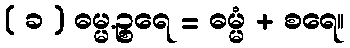
( ခ ) ဓမ္မ.ဉ္စရေ = ဓမ္မံ + စရေ။